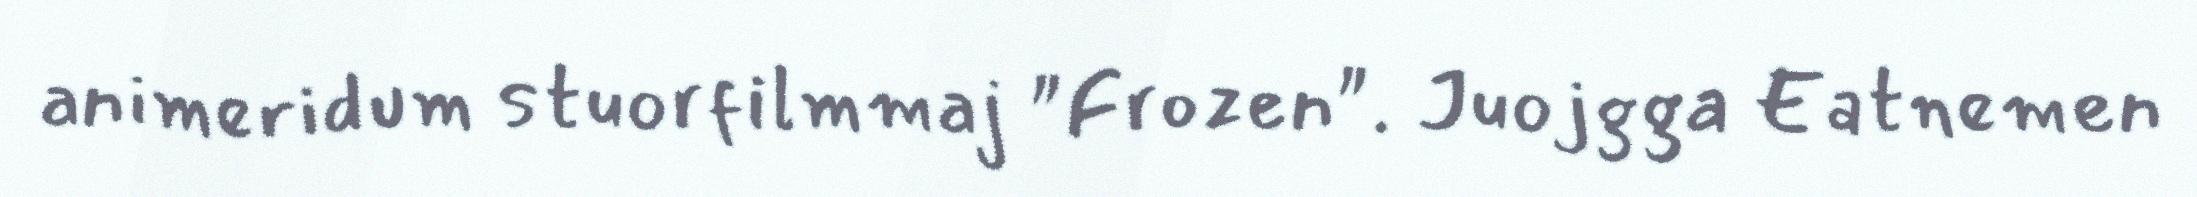
animeridum stuorfilmmaj "Frozen". Juojgga Eatnemen